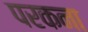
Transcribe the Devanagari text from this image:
परकना